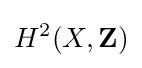
H^{2}(X,\mathbf {Z} )